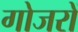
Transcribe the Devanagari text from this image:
गोजरों